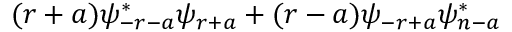
( r + a ) \psi _ { - r - a } ^ { * } \psi _ { r + a } + ( r - a ) \psi _ { - r + a } \psi _ { n - a } ^ { * }